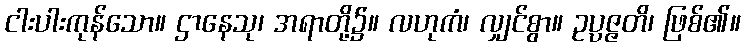
ငါးပါးကုန်သော။ ဌာနေသု၊ အရာတို့၌။ လဟုကံ၊ လျှင်စွာ။ ဥပ္ပဇ္ဇတိ၊ ဖြစ်၏။